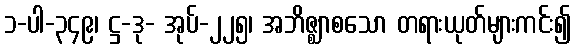
၁-ပါ-၃၄၉၊ ဋ္ဌ-ဒု- အုပ်-၂၂၅၊ အဘိဇ္ဈာစသော တရားယုတ်များကင်း၍